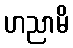
ဟညာမိ